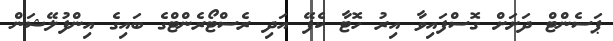
ޕަސެންޓް ދަށަށް ގޮސްފައިވާ އިރު ހޮޓާ ކެފޭ އަދި ރެސްޓޯރެންޓްގެ ބައިގެ އިންފުލޭޝަން